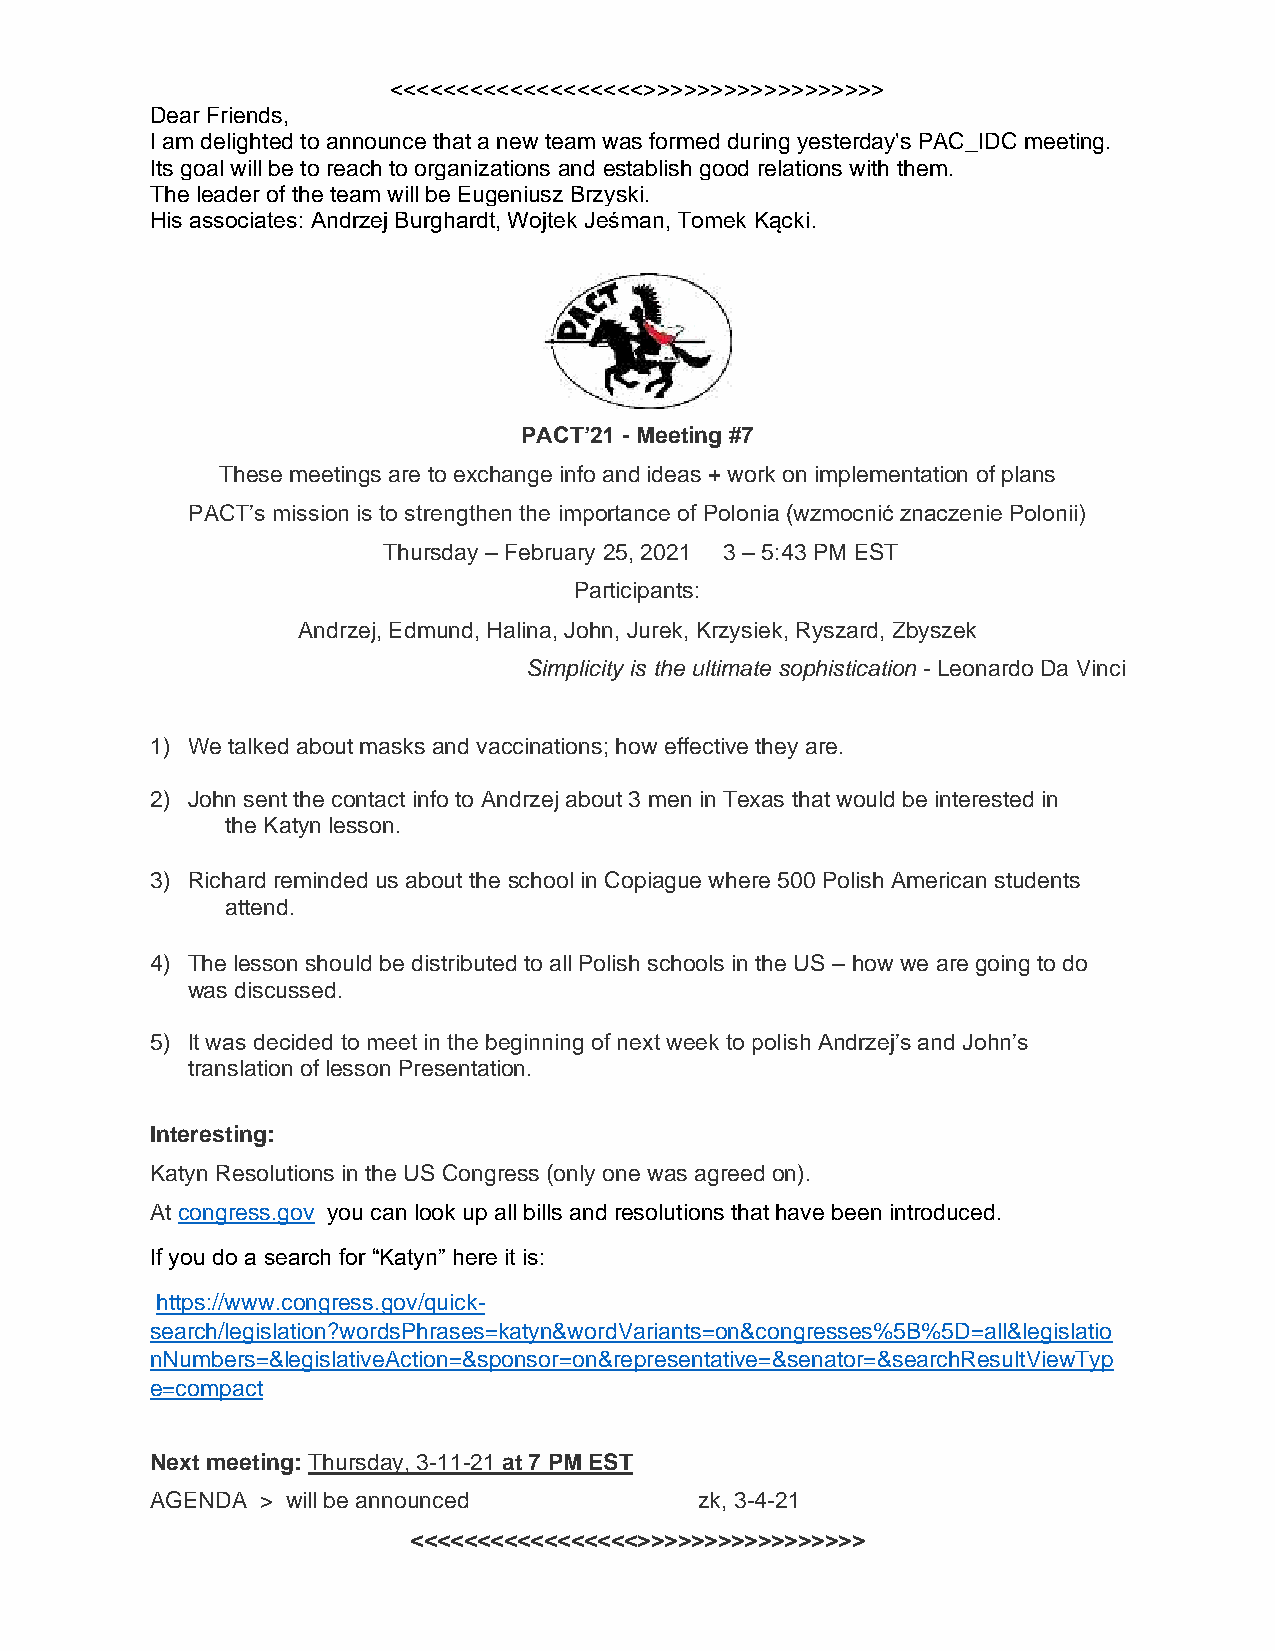
<<<<<<<<<<<<<<<<<<<>>>>>>>>>>>>>>>>>>
 Dear Friends,
 I am delighted to announce that a new team was formed during yesterday's PAC_IDC meeting.
 Its goal will be to reach to organizations and establish good relations with them.
 The leader of the team will be Eugeniusz Brzyski.
 His associates: Andrzej Burghardt, Wojtek Jeśman, Tomek Kącki.
 PACT’21 - Meeting #7
 These meetings are to exchange info and ideas + work on implementation of plans
 PACT’s mission is to strengthen the importance of Polonia (wzmocnić znaczenie Polonii)
 Thursday – February 25, 2021 3 – 5:43 PM EST
 Participants:
 Andrzej, Edmund, Halina, John, Jurek, Krzysiek, Ryszard, Zbyszek
 Simplicity is the ultimate sophistication - Leonardo Da Vinci
 1) We talked about masks and vaccinations; how effective they are.
 2) John sent the contact info to Andrzej about 3 men in Texas that would be interested in
 the Katyn lesson.
 3) Richard reminded us about the school in Copiague where 500 Polish American students
 attend.
 4) The lesson should be distributed to all Polish schools in the US – how we are going to do
 was discussed.
 5) It was decided to meet in the beginning of next week to polish Andrzej’s and John’s
 translation of lesson Presentation.
 Interesting:
 Katyn Resolutions in the US Congress (only one was agreed on).
 At congress.gov you can look up all bills and resolutions that have been introduced.
 If you do a search for “Katyn” here it is:
 https://www.congress.gov/quick-
 search/legislation?wordsPhrases=katyn&wordVariants=on&congresses%5B%5D=all&legislatio
 nNumbers=&legislativeAction=&sponsor=on&representative=&senator=&searchResultViewTyp
 e=compact
 Next meeting: Thursday, 3-11-21 at 7 PM EST
 AGENDA > will be announced          zk, 3-4-21
 <<<<<<<<<<<<<<<<<>>>>>>>>>>>>>>>>>